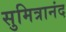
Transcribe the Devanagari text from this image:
सुमित्रानंद